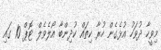
މިވީހާ ދުވަހު އުޅެގެން ހުރާ ކިތައް ކުދިންބާ އޯލެވެލް ޓޮޕް 10 ގައި